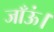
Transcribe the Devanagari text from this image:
जाँऊं।